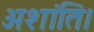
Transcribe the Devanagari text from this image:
अशांति।